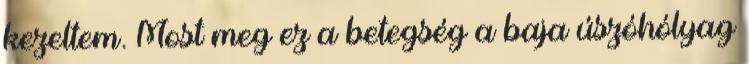
kezeltem. Most meg ez a betegség a baja úszóhólyag